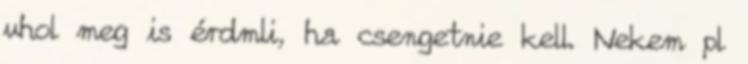
vhol meg is érdmli, ha csengetnie kell. Nekem pl